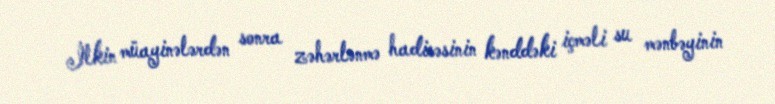
İlkin müayinələrdən sonra zəhərlənmə hadisəsinin kənddəki içməli su mənbəyinin